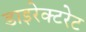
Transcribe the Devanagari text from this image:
डाइरेक्टरेट